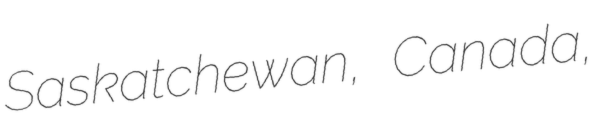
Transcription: Saskatchewan, Canada,